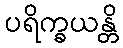
ပရိက္ခယန္တိ